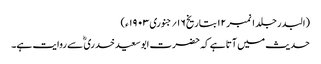
(البدر جلد ۱ نمبر ۱۲ بتاریخ ۱۶؍ جنوری ۱۹۰۳ ء)
حدیث میں آتا ہے کہ حضرت ابوسعیدخدری ؓ سے روایت ہے۔